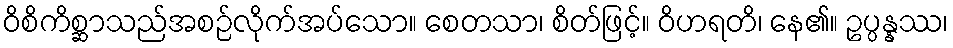
ဝိစိကိစ္ဆာသည်အစဉ်လိုက်အပ်သော။ စေတသာ၊ စိတ်ဖြင့်။ ဝိဟရတိ၊ နေ၏။ ဥပ္ပန္နဿ၊